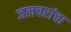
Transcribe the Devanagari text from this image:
जलचरांचा